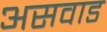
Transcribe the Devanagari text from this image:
असवाड